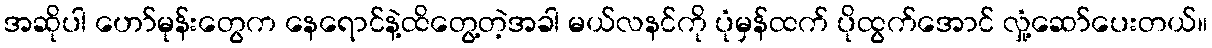
အဆိုပါ ဟော်မုန်းတွေက နေရောင်နဲ့ထိတွေ့တဲ့အခါ မယ်လနင်ကို ပုံမှန်ထက် ပိုထွက်အောင် လှုံ့ဆော်ပေးတယ်။